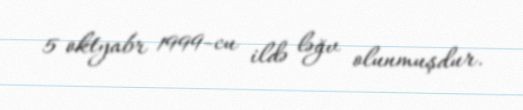
5 oktyabr 1999-cu ildə ləğv olunmuşdur.